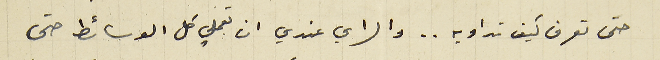
حتى تعرف كيف تداويه.. والراي عندي ان تعملي كل الوسائط حتى